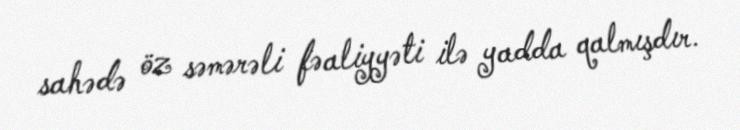
sahədə öz səmərəli fəaliyyəti ilə yadda qalmışdır.